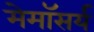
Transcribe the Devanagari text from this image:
मेमॉसर्य